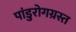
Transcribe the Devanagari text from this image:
पांडुरोगग्रस्त